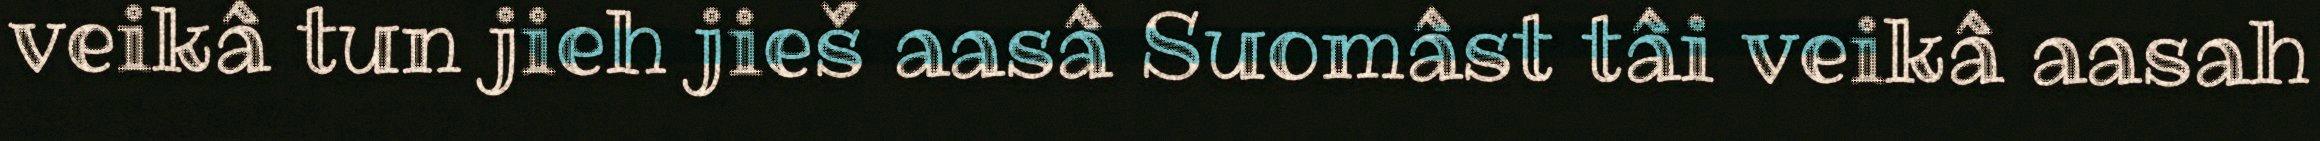
veikâ tun jieh jieš aasâ Suomâst tâi veikâ aasah